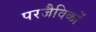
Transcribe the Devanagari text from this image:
परजैविकों